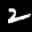
Label: 2